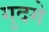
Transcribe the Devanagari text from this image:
गुदगे